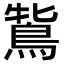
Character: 𪀻